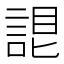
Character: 𧨛